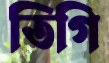
তিগি